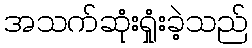
အသက်ဆုံးရှုံးခဲ့သည်